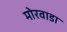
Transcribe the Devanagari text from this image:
मोरवाडा